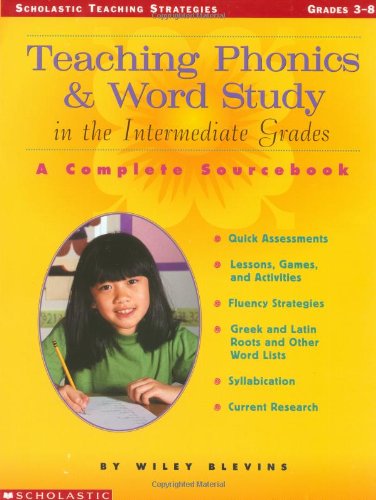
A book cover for Teaching Phonics & Word Study in the Intermediate Grades: A Complete Sourcebook (Scholastic Teaching Strategies); Wiley Blevins; Reference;